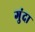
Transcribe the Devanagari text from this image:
गुंदा